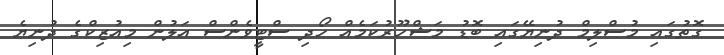
ގޮތުގައި މުސްލިމް ދުނިޔޭގައި ބޮޑު މަޝްހޫރުކަމެއް ހޯދި ސްޓީވެންސް އަލުން މިއުޒިކްގެ ދުނިޔެ